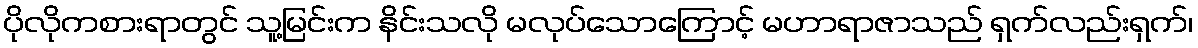
ပိုလိုကစားရာတွင် သူ့မြင်းက နိင်းသလို မလုပ်သောကြောင့် မဟာရာဇာသည် ရှက်လည်းရှက်၊